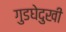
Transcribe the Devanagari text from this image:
गुडघेदुखी